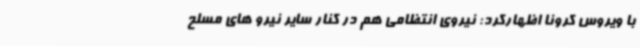
با ویروس کرونا اظهارکرد: نیروی انتظامی هم در کنار سایر نیرو های مسلح